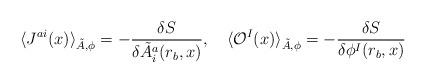
LaTeX: \begin{align*}\langle J^{ai}(x) \rangle_{\tilde{A},\phi} = - \frac{\delta S}{\delta \tilde{A}^{a}_i(r_b,x)}, \hspace{1em}\langle {\cal O}^I(x) \rangle_{\tilde{A},\phi} = - \frac{\delta S}{\delta \phi^I(r_b,x)}\end{align*}